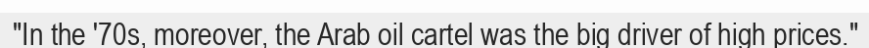
"In the '70s, moreover, the Arab oil cartel was the big driver of high prices."